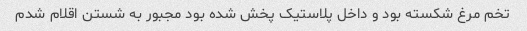
تخم مرغ شکسته بود و داخل پلاستیک پخش شده بود مجبور به شستن اقلام شدم